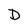
Character: D